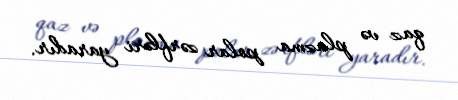
qaz və plazma polar zərfləri yaradır.